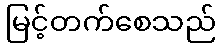
မြင့်တက်စေသည်